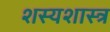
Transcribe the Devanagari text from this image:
शस्यशास्त्र